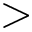
>